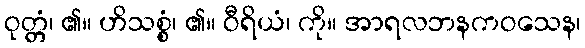
ဝုတ္တံ၊ ၏။ ဟိသစ္စံ၊ ၏။ ဝီရိယံ၊ ကို။ အာရလဘနကဝသေန၊